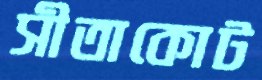
সীতাকোট